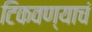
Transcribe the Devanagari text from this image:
टिकवण्याचं